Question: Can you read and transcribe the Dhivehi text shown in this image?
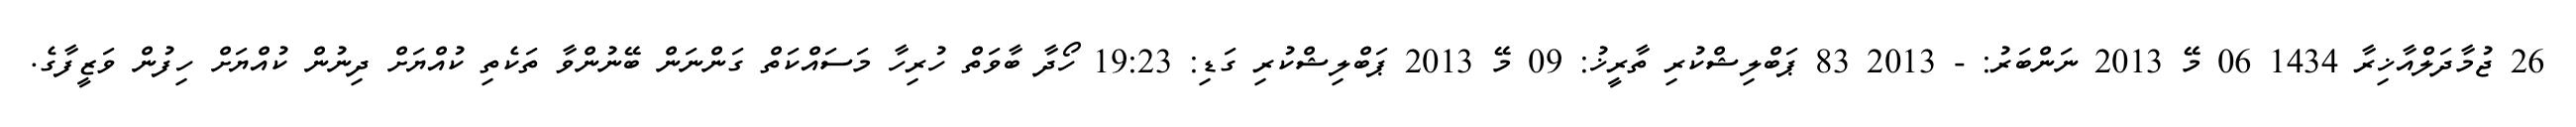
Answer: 26 ޖުމާދަލްއާޚިރާ 1434 06 މޭ 2013 ނަންބަރު: - 2013 83 ޕަބްލިޝްކުރި ތާރީޚު: 09 މޭ 2013 ޕަބްލިޝްކުރި ގަޑި: 19:23 ހޯދާ ބާވަތް ހުރިހާ މަސައްކަތް ގަންނަން ބޭނުންވާ ތަކެތި ކުއްޔަށް ދިނުން ކުއްޔަށް ހިފުން ވަޒީފާގެ.